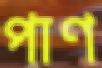
পাণ